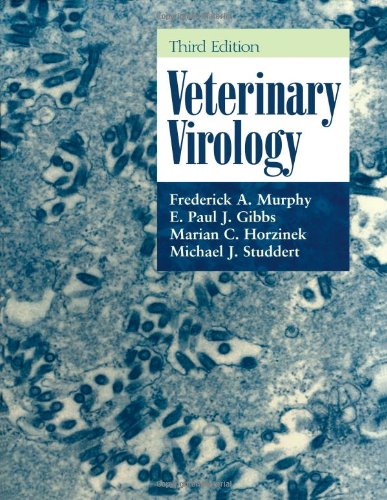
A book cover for Veterinary Virology, Third Edition; Frederick A. Murphy; Medical Books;